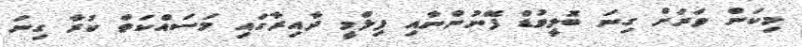
މިކަން ވަރަށް ގިނަ ބޮލީވުޑް ފޭނުންނާއި ފިލްމީ ދާއިރާގައި މަސައްކަތް ކުރާ ގިނަ